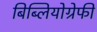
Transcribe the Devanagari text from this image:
बिब्लियोग्रेफी